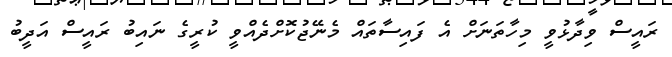
ރައީސް ވިދާޅުވީ މިހާތަނަށް އެ ފައިސާތައް މެނޭޖުކޮށްދެއްވީ ކުރީގެ ނައިބު ރައީސް އަދީބު